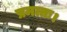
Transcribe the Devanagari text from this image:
प्रमत्तः।